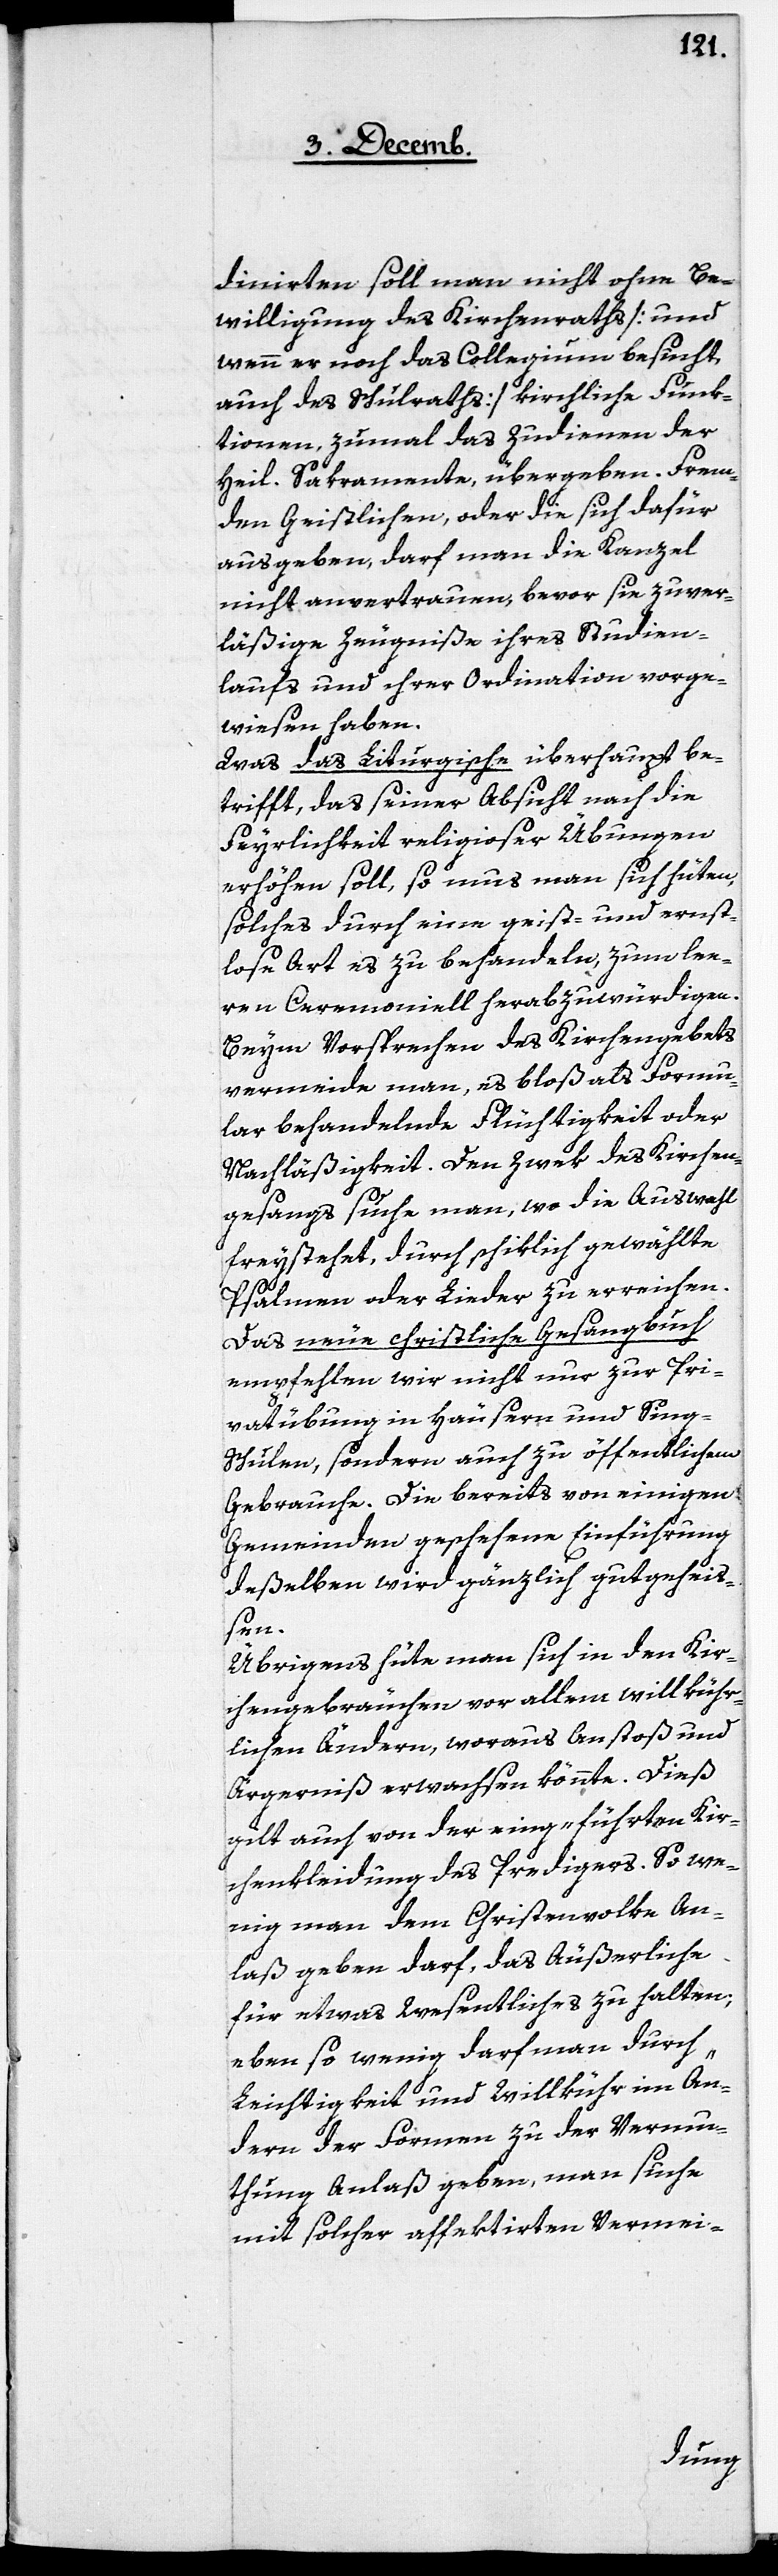
dinirten soll man nicht ohne Be¬
willigung des Kirchenraths [und
wenn er noch das Collegium besucht,
auch des Schulraths] kirchliche Funk¬
tionen, zumahl das Zudienen der
heil. Sakramente, übergeben. Frem¬
den Geistlichen, oder die sich dafür
ausgeben, darf man die Kanzel
nicht anvertrauen, bevor sie zuver¬
läßige Zeugniße ihres Studien¬
laufs und ihrer Ordination vorge¬
wiesen haben.
Was das Liturgische überhaupt be¬
trifft, das seiner Absicht nach die
Feyerlichkeit religioser Übungen
erhöhen soll, so mus [sic!] man sich hüten,
solches durch eine geist- und ernst¬
lose Art es zu behandeln, zum lee¬
ren Ceremoniell herabzuwürdigen.
Beym Vorsprechen des Kirchengebets
vermeide man, es bloß als Formu¬
lar behandelnde Flüchtigkeit oder
Nachläßigkeit [sic]. Den Zwek des Kirchen¬
gesangs suche man, wo die Auswahl
freystehet, durch schiklich gewählte
Psalmen oder Lieder zu erreichen.
Das neue christliche Gesangbuch
empfehlen wir nicht nur zur Pri¬
vatübung in Häusern und Sing-S¬
chulen, sondern auch zu öffentlichem
Gebrauche. Die bereits von einigen
Gemeinden geschehene Einführung
deßelben wird gänzlich gutgehei¬
ßen.
Übrigens hüte man sich in den Kir¬
chengebräuchen vor allem willkühr¬
lichen Ändern, woraus Anstoß und
Ärgerniß erwachsen könnte. Dieß
gilt auch von der eingeführten Kir¬
chenkleidung des Predigers. So we¬
nig man dem Christenvolke An¬
laß geben darf, das Äußerliche
für etwas Wesentliches zu halten;
eben so wenig darf man durch
Leichtigkeit und Willkühr im Än¬
dern der Formen zu der Vermu¬
thung Anlaß geben, man suche
mit solcher affektirten Vermei-